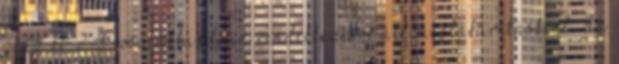
pénz kb 2-3 -osa állandóan rendelkezésre áll megtakarításként. Ez